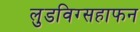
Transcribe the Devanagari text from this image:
लुडविग्सहाफन